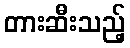
တားဆီးသည့်